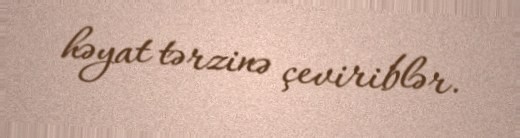
həyat tərzinə çeviriblər.